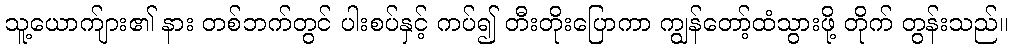
သူ့ယောက်ျား၏ နား တစ်ဘက်တွင် ပါးစပ်နှင့် ကပ်၍ တီးတိုးပြောကာ ကျွန်တော့်ထံသွားဖို့ တိုက် တွန်းသည်။